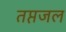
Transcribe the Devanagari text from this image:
तप्तजल